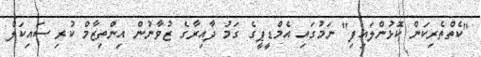
"ކެތްތެރިކަން ކޮޅުންލައިފި" ނަމުގައި އެމްޑީޕީގެ ގަމު ދާއިރާގެ ޒުވާނުން އިންތިޒާމް ކުރި ސައިކަލް